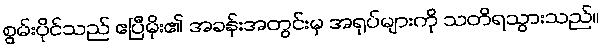
စွမ်းပိုင်သည် ဧပြီမိုး၏ အခန်းအတွင်းမှ အရုပ်များကို သတိရသွားသည်။